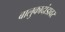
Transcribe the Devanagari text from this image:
बालुकादांडावर